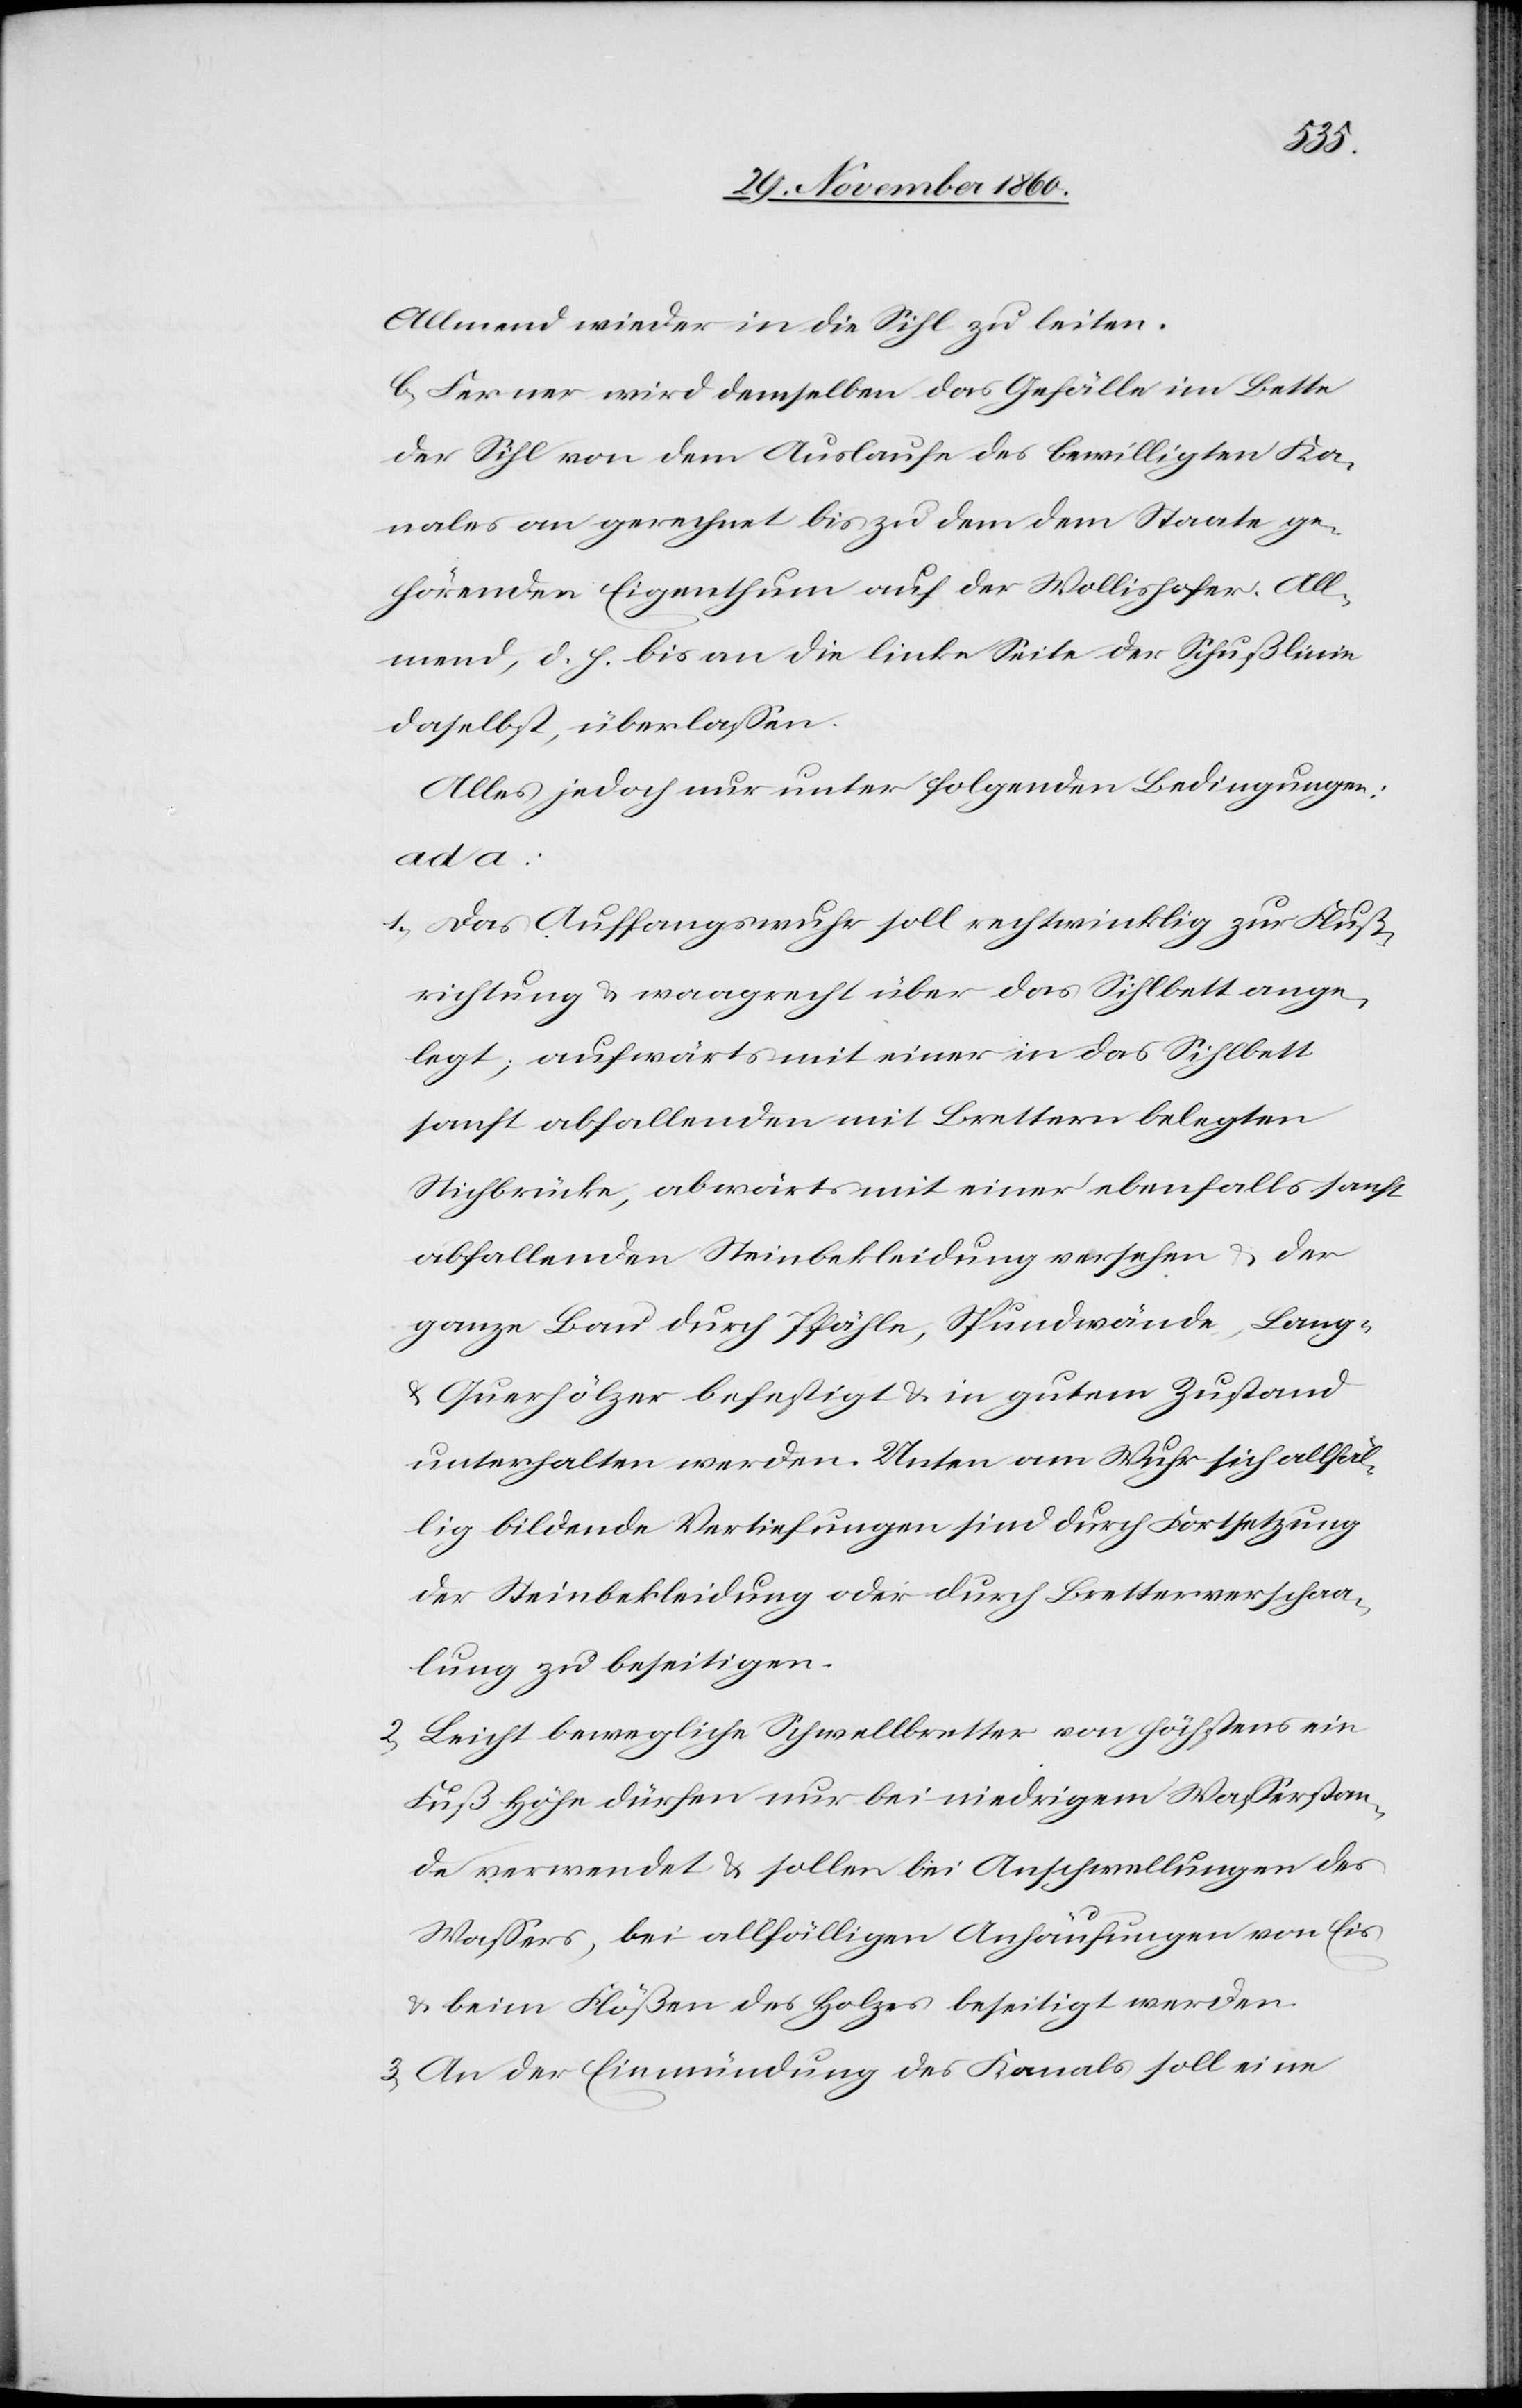
Allmend wieder in die Sihl zu leiten.
b. Ferner wird demselben das Gefälle im Bette
der Sihl von dem Auslaufe des bewilligten Ka¬
nales an gerechnet bis zu dem dem Staate ge¬
hörenden Eigenthum auf der Wollishofer All¬
mend, d. h. bis an die linke Seite der Schußlinie
daselbst, überlassen.
Alles jedoch nur unter folgenden Bedingungen:
ad a:
1. Das Auffangswuhr soll rechtwinklig zur Fluß¬
richtung u. waagrecht über das Sihlbett ange¬
legt, aufwärts mit einer in das Sihlbett
sanft abfallenden mit Brettern belegten
Sihlbrücke, abwärts mit einer ebenfalls sanft
abfallenden Steinbekleidung versehen u. der
ganze Bau durch Pfähle, Spundwände, Lang-
u. Querhölzer befestigt u. in gutem Zustand
unterhalten werden. Unten am Wuhr sich allfäl¬
lig bildende Vertiefungen sind durch Fortsetzung
der Steinbekleidung oder durch Bretterverschaa¬
lung zu beseitigen.
2. Leicht bewegliche Schwellbretter von höchstens ein
Fuß Höhe dürfen nur bei niedrigem Wasserstan¬
de verwendet u. sollen bei Anschwellungen des
Wassers, bei allfälligen Anhäufungen von Eis
u. beim Flößen des Holzes beseitigt werden.
3. An der Einmündung des Kanals soll eine